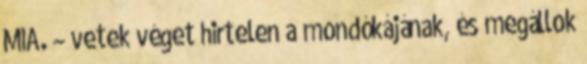
MIA. – vetek véget hirtelen a mondókájának, és megállok